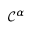
\mathcal { C ^ { \alpha } }